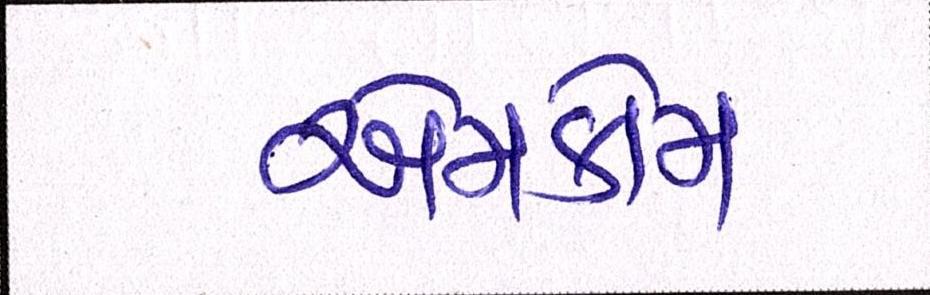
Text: એમકોમ